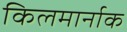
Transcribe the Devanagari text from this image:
किलमार्नाक